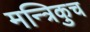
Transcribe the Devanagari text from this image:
मन्त्रिकुच